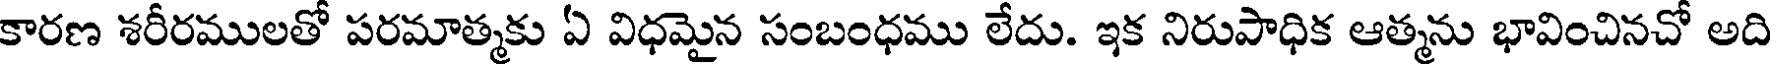
కారణ శరీరములతో పరమాత్మకు ఏ విధమైన సంబంధము లేదు. ఇక నిరుపాధిక ఆత్మను భావించినచో అది